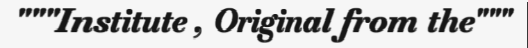
"""Institute , Original from the"""